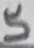
Text: 5